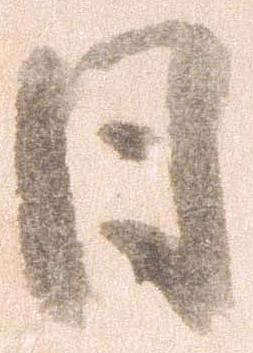
日